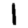
Digit: 1